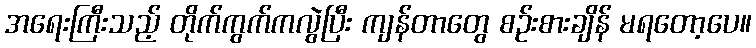
အရေးကြီးသည့် တိုက်ကွက်ကလွဲပြီး ကျန်တာတွေ စဉ်းစားချိန် မရတော့ပေ။